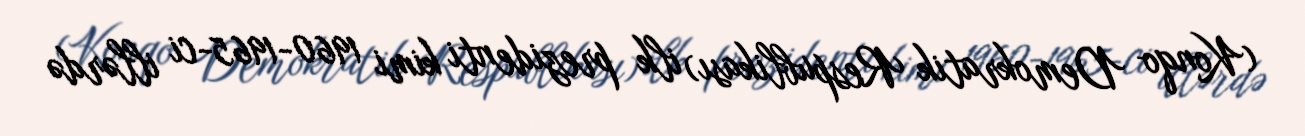
(Konqo Demokratik Respublikası) ilk prezidenti kimi 1960-1965-ci illərdə